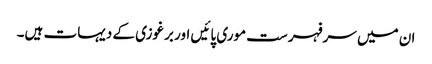
ان میں سرفہرست موری پائیں اور برغوزی کے دیہات ہیں۔